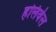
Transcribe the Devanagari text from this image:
हलिवेल